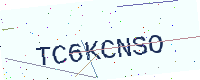
Text: TC6KCNSO